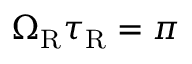
\Omega _ { \mathrm { R } } \tau _ { \mathrm { R } } = \pi